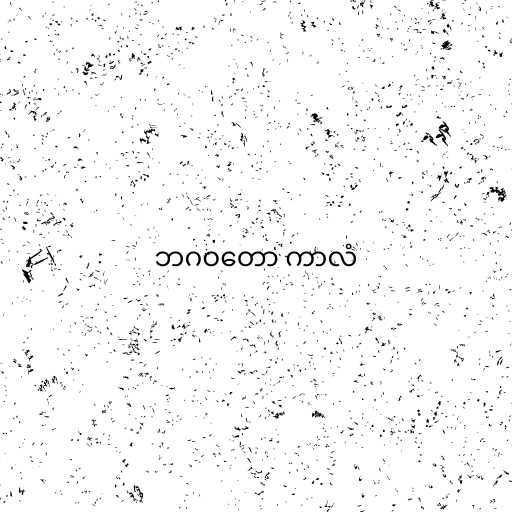
ဘဂဝတော ကာလံ